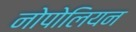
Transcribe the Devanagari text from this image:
नोपोलियन